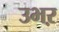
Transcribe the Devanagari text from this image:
उभऱ